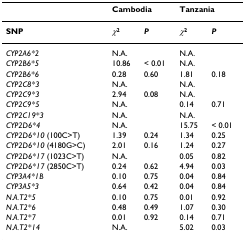
<table><thead><tr><td>[EMPTY_CELL]</td><td colspan="2"><b>Cambodia</b></td><td colspan="2"><b>Tanzania</b></td></tr></thead><tbody><tr><td><b>SNP</b></td><td><b><i>χ</i><sup>2</sup></b></td><td><b><i>P</i></b></td><td><b><i>χ</i><sup>2</sup></b></td><td><b><i>P</i></b></td></tr><tr><td><i>CYP2A6*2</i></td><td>N.A.</td><td>[EMPTY_CELL]</td><td>N.A.</td><td>[EMPTY_CELL]</td></tr><tr><td><i>CYP2B6*5</i></td><td>10.86</td><td>&lt; 0.01</td><td>N.A.</td><td>[EMPTY_CELL]</td></tr><tr><td><i>CYP2B6*6</i></td><td>0.28</td><td>0.60</td><td>1.81</td><td>0.18</td></tr><tr><td><i>CYP2C8*3</i></td><td>N.A.</td><td>[EMPTY_CELL]</td><td>N.A.</td><td>[EMPTY_CELL]</td></tr><tr><td><i>CYP2C9*3</i></td><td>2.94</td><td>0.08</td><td>N.A.</td><td>[EMPTY_CELL]</td></tr><tr><td><i>CYP2C9*5</i></td><td>N.A.</td><td>[EMPTY_CELL]</td><td>0.14</td><td>0.71</td></tr><tr><td><i>CYP2C19*3</i></td><td>N.A.</td><td>[EMPTY_CELL]</td><td>N.A.</td><td>[EMPTY_CELL]</td></tr><tr><td><i>CYP2D6*4</i></td><td>N.A.</td><td>[EMPTY_CELL]</td><td>15.75</td><td>&lt; 0.01</td></tr><tr><td><i>CYP2D6*10 </i>(100C&gt;T)</td><td>1.39</td><td>0.24</td><td>1.34</td><td>0.25</td></tr><tr><td><i>CYP2D6*10 </i>(4180G&gt;C)</td><td>2.01</td><td>0.16</td><td>1.24</td><td>0.27</td></tr><tr><td><i>CYP2D6*17 </i>(1023C&gt;T)</td><td>N.A.</td><td>[EMPTY_CELL]</td><td>0.05</td><td>0.82</td></tr><tr><td><i>CYP2D6*17 </i>(2850C&gt;T)</td><td>0.24</td><td>0.62</td><td>4.94</td><td>0.03</td></tr><tr><td><i>CYP3A4*1B</i></td><td>0.10</td><td>0.75</td><td>0.04</td><td>0.84</td></tr><tr><td><i>CYP3A5*3</i></td><td>0.64</td><td>0.42</td><td>0.04</td><td>0.84</td></tr><tr><td><i>N.A.T2*5</i></td><td>0.10</td><td>0.75</td><td>0.01</td><td>0.92</td></tr><tr><td><i>N.A.T2*6</i></td><td>0.48</td><td>0.49</td><td>1.07</td><td>0.30</td></tr><tr><td><i>N.A.T2*7</i></td><td>0.01</td><td>0.92</td><td>0.14</td><td>0.71</td></tr><tr><td><i>N.A.T2*14</i></td><td>N.A.</td><td>[EMPTY_CELL]</td><td>5.02</td><td>0.03</td></tr></tbody></table>